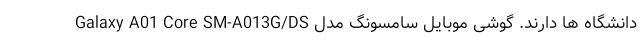
دانشگاه ها دارند. گوشی موبایل سامسونگ مدل Galaxy A01 Core SM-A013G/DS